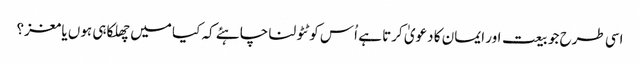
اسی طرح جو بیعت اور ایمان کا دعویٰ کرتا ہے اُس کو ٹٹولنا چاہئے کہ کیا میں چھلکا ہی ہوں یا مغز؟